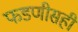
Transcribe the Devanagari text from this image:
फडणीसही